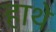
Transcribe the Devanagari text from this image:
हाथे